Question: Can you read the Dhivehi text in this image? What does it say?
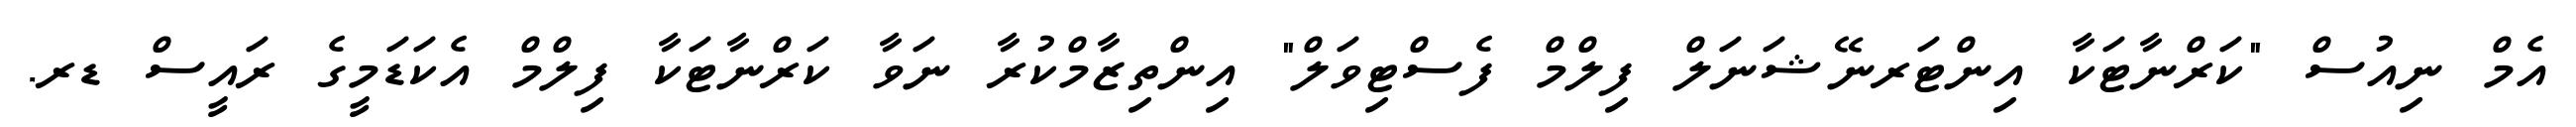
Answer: އެމް ނިއުސް "ކަރްނާޓަކާ އިންޓަރނޭޝަނަލް ފިލްމް ފެސްޓިވަލް" އިންތިޒާމްކުރާ ނަވާ ކަރްނާޓަކާ ފިލްމް އެކަޑަމީގެ ރައީސް ޑރ.